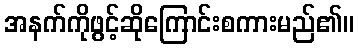
အနက်ကိုဖွင့်ဆိုကြောင်းစကားမည်၏။